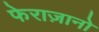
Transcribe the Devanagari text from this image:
फेराज़ानो